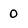
Character: 0